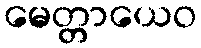
မေတ္တာယေဝ